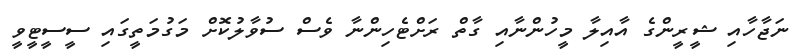
ނަޖާހާއި ޝީރީންގެ އާއިލާ މީހުންނާއި ގާތް ރަށްޓެހިންނާ ވެސް ސުވާލުކޮށް މަގުމަތީގައި ސީސީޓީވީ